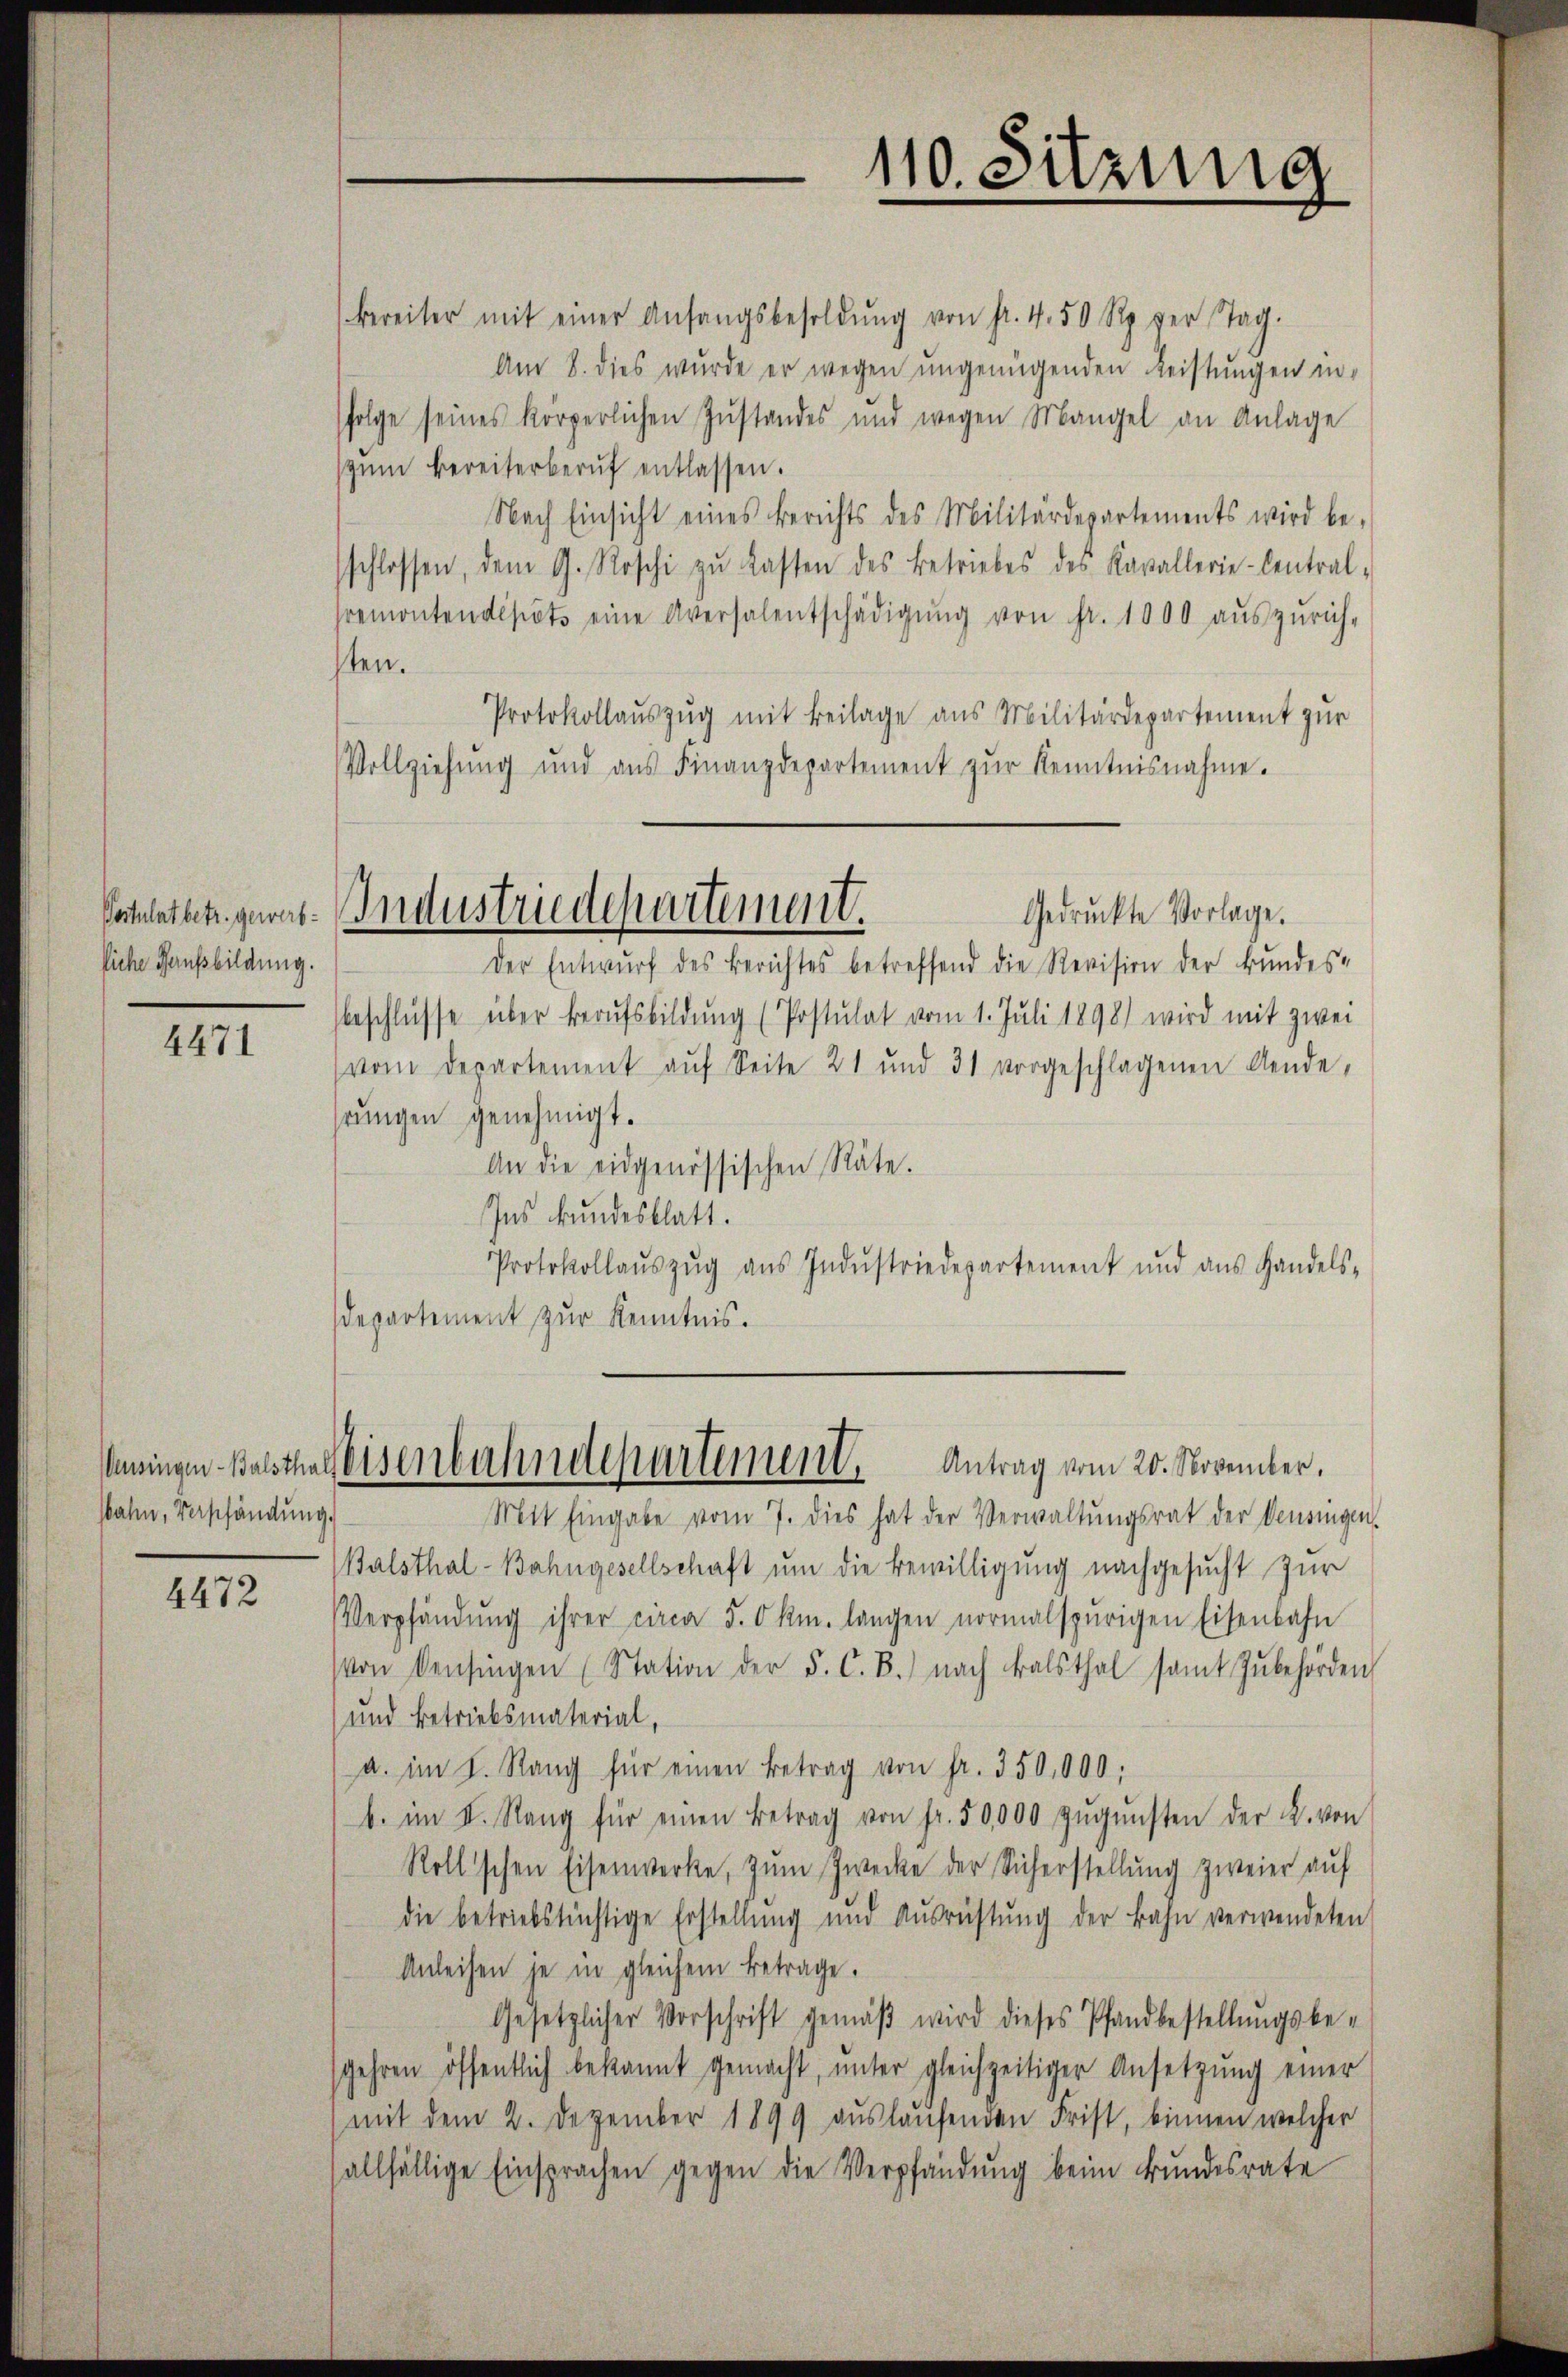
110. Sitzung

bereiter mit einer Anfangsbesoldŭng von fr. 4. 50 Rp. der Tag.
Am 8. dies wurde er wegen ŭngenügenden Leistŭngen in
folge seines körperlichen Zŭstandes und wegen Mangel an Anlage
zŭm bereiterberuf entlassen.
Nach Einsicht eines Berichts des Militärdepartements wird be-
sschlossen, dem G. Roschi zŭ lasten des Betriebes des Kavallerie-Contral-
sremontendepots eine Aversalentschädigŭng von fr. 1000 aŭszŭrich-
sten.
Protokollauszug mit Beilage aus Militärdepartement zur
Vollziehŭng und aŭs Finanzdepartement zŭr Kenntnisnahme.
Postulattet gewart-Industriedepartement.
Gedrückte Vorlage.
der Entwŭrf des Berichtes betreffend die Revision der Bundes-
beschlüsse über Berufsbildung (Postulat vom 1. Juli 1898) wird mit zwei
vom Departement aŭf Seite 21 und 31 vorgeschlagenen Aende,
hrungen genehmigt.
An die eidgenössischen Räte.
Ins kundesblatt.
Protokollaŭszŭg aŭs Indŭstriedepartement und ans Handels-
Departement zur Kenntnis.

liche Hausbildung.

4471

nsingen Balsthal Eisenbahndepartement. Antrag vom 20. November.

sahen, Verschändung.

Mit Eingabe vom 7. dies hat der Verwaltungsrat der Pensingen
Walsthal-Bahngesellschaft ŭm die Bewilligŭng nachgesŭcht zŭr
Verpfändung ihrer circa 5. Okm. langen normalspurigen Eisenbahn
von densingen (Station der F. C. B.) nach Balsthal samt zŭbehörden
und Betriebsmaterial,
a. im I. Rang für einen Betrag von fr. 350,000.
b. im I. Rang für einen Betrag von fr. 50,000 zŭgŭnsten der L. von
Rollschen Eisenwerke, zŭm Zwecke der Sicherstellung zweier auf
die betriebstüchtige Erstellung und Ausrüstung der Bahn verwendeten
Anleisen je in gleichem Betrage.
Gesetzlicher Vorschrift gemäβ wird dieses Pfandbestellŭngsbe-
sgehren öffentlich bekannt gemacht, ŭnter gleichzeitiger Ansetzŭng einer
mit dem 2. Dezember 1899 auslaufenden Frist, binnen welcher
allfällige Einsprachen gegen die Verpfändung beim Bundesrate

4472